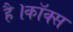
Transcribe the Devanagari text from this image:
है।कॉक्स